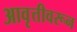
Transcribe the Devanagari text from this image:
आवृत्तीवरून